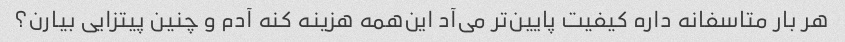
هر بار متاسفانه داره کیفیت پایین‌تر می‌آد این‌همه هزینه کنه آدم و چنین پیتزایی بیارن؟